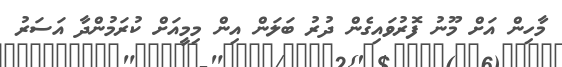
މާހިން އަށް މޫނު ފޮރުވައިގެން ދުރު ބަލަން އިން މިމީއަށް ކުރަމުންދާ އަސަރު